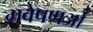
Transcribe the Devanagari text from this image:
गवेषणओं